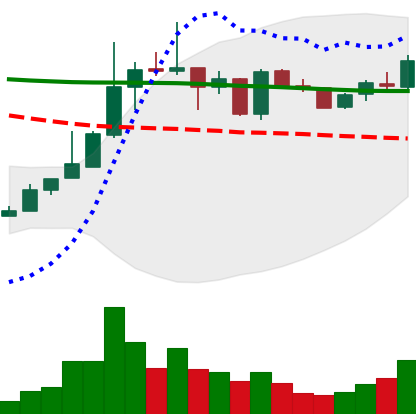
Ticker: TRX-USD
Chart end date: 2019-01-04
Forward return: 32.226%
Label: up_7plus